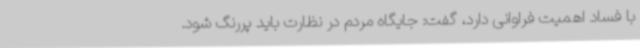
با فساد اهمیت فراوانی دارد، گفت: جایگاه مردم در نظارت باید پررنگ شود.